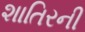
શાતિરની